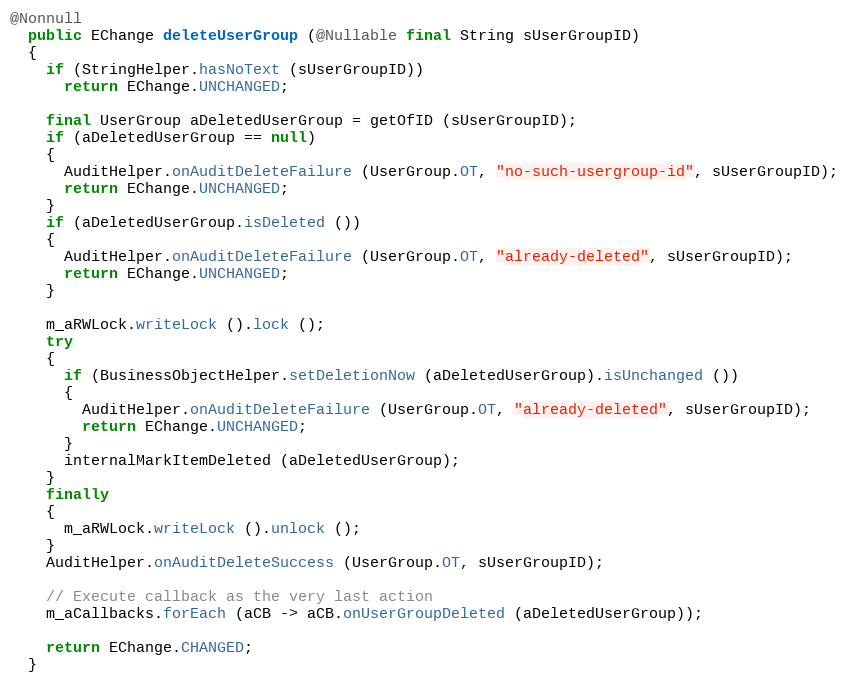
Language: Java
@Nonnull
  public EChange deleteUserGroup (@Nullable final String sUserGroupID)
  {
    if (StringHelper.hasNoText (sUserGroupID))
      return EChange.UNCHANGED;

    final UserGroup aDeletedUserGroup = getOfID (sUserGroupID);
    if (aDeletedUserGroup == null)
    {
      AuditHelper.onAuditDeleteFailure (UserGroup.OT, "no-such-usergroup-id", sUserGroupID);
      return EChange.UNCHANGED;
    }
    if (aDeletedUserGroup.isDeleted ())
    {
      AuditHelper.onAuditDeleteFailure (UserGroup.OT, "already-deleted", sUserGroupID);
      return EChange.UNCHANGED;
    }

    m_aRWLock.writeLock ().lock ();
    try
    {
      if (BusinessObjectHelper.setDeletionNow (aDeletedUserGroup).isUnchanged ())
      {
        AuditHelper.onAuditDeleteFailure (UserGroup.OT, "already-deleted", sUserGroupID);
        return EChange.UNCHANGED;
      }
      internalMarkItemDeleted (aDeletedUserGroup);
    }
    finally
    {
      m_aRWLock.writeLock ().unlock ();
    }
    AuditHelper.onAuditDeleteSuccess (UserGroup.OT, sUserGroupID);

    // Execute callback as the very last action
    m_aCallbacks.forEach (aCB -> aCB.onUserGroupDeleted (aDeletedUserGroup));

    return EChange.CHANGED;
  }